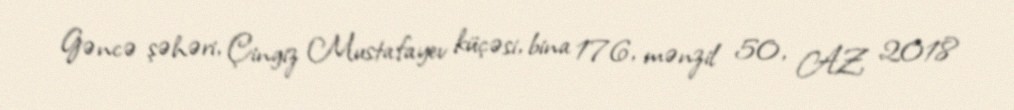
Gəncə şəhəri, Çingiz Mustafayev küçəsi, bina 176, mənzil 50, AZ 2018